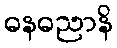
ဓနဓညာနိ